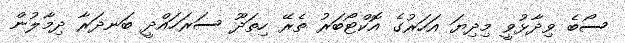
ސޯބެ ވިދާޅުވީ މިދިޔަ އަހަރުގެ އޮކްޓޯބަރު ތެރޭ ހިތަދޫ ސަރަހައްދީ ބަނދަރާ ދިމާލުން